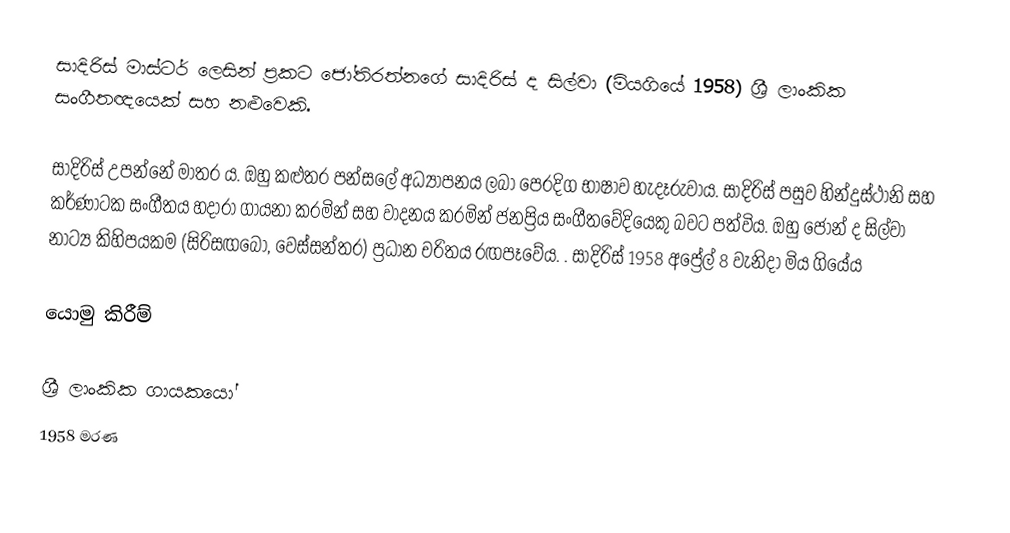
සාදිරිස් මාස්ටර් ලෙසින් ප්‍රකට ජෝතිරත්නගේ සාදිරිස් ද සිල්වා (මියගියේ 1958) ශ්‍රී ලාංකික සංගීතඥයෙක් සහ නළුවෙකි.

සාදිරිස් උපන්නේ මාතර ය. ඔහු කළුතර පන්සලේ අධ්‍යාපනය ලබා පෙරදිග භාෂාව හැදෑරුවාය. සාදිරිස් පසුව හින්දුස්ථානි සහ කර්ණාටක සංගීතය හදාරා ගායනා කරමින් සහ වාදනය කරමින් ජනප්‍රිය සංගීතවේදියෙකු බවට පත්විය. ඔහු ජෝන් ද සිල්වා නාට්‍ය කිහිපයකම (සිරිසඟබෝ, වෙස්සන්තර) ප්‍රධාන චරිතය රඟපෑවේය. . සාදිරිස් 1958 අප්‍රේල් 8 වැනිදා මිය ගියේය

යොමු කිරීම්

ශ්‍රී ලාංකික ගායකයෝ
1958 මරණ